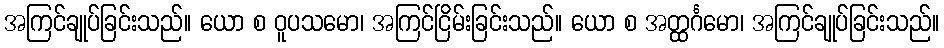
အကြင်ချုပ်ခြင်းသည်။ ယော စ ဝူပသမော၊ အကြင်ငြိမ်းခြင်းသည်။ ယော စ အတ္ထင်္ဂမော၊ အကြင်ချုပ်ခြင်းသည်။